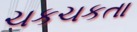
ચકચકતા